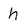
Character: h